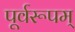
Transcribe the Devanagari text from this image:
पूर्वरूपम्